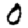
Digit: 0